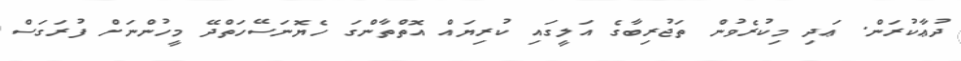
ދުޢާކުރަން. ޢަދި މިކުރެވުން ތަޖުރިބާގެ އަލީގައި ކުރިޔައް އޮތްތާންގަ ހެޔޮނަސޭހަތްދޭ މީހުންނަށް ފުރަގަސް